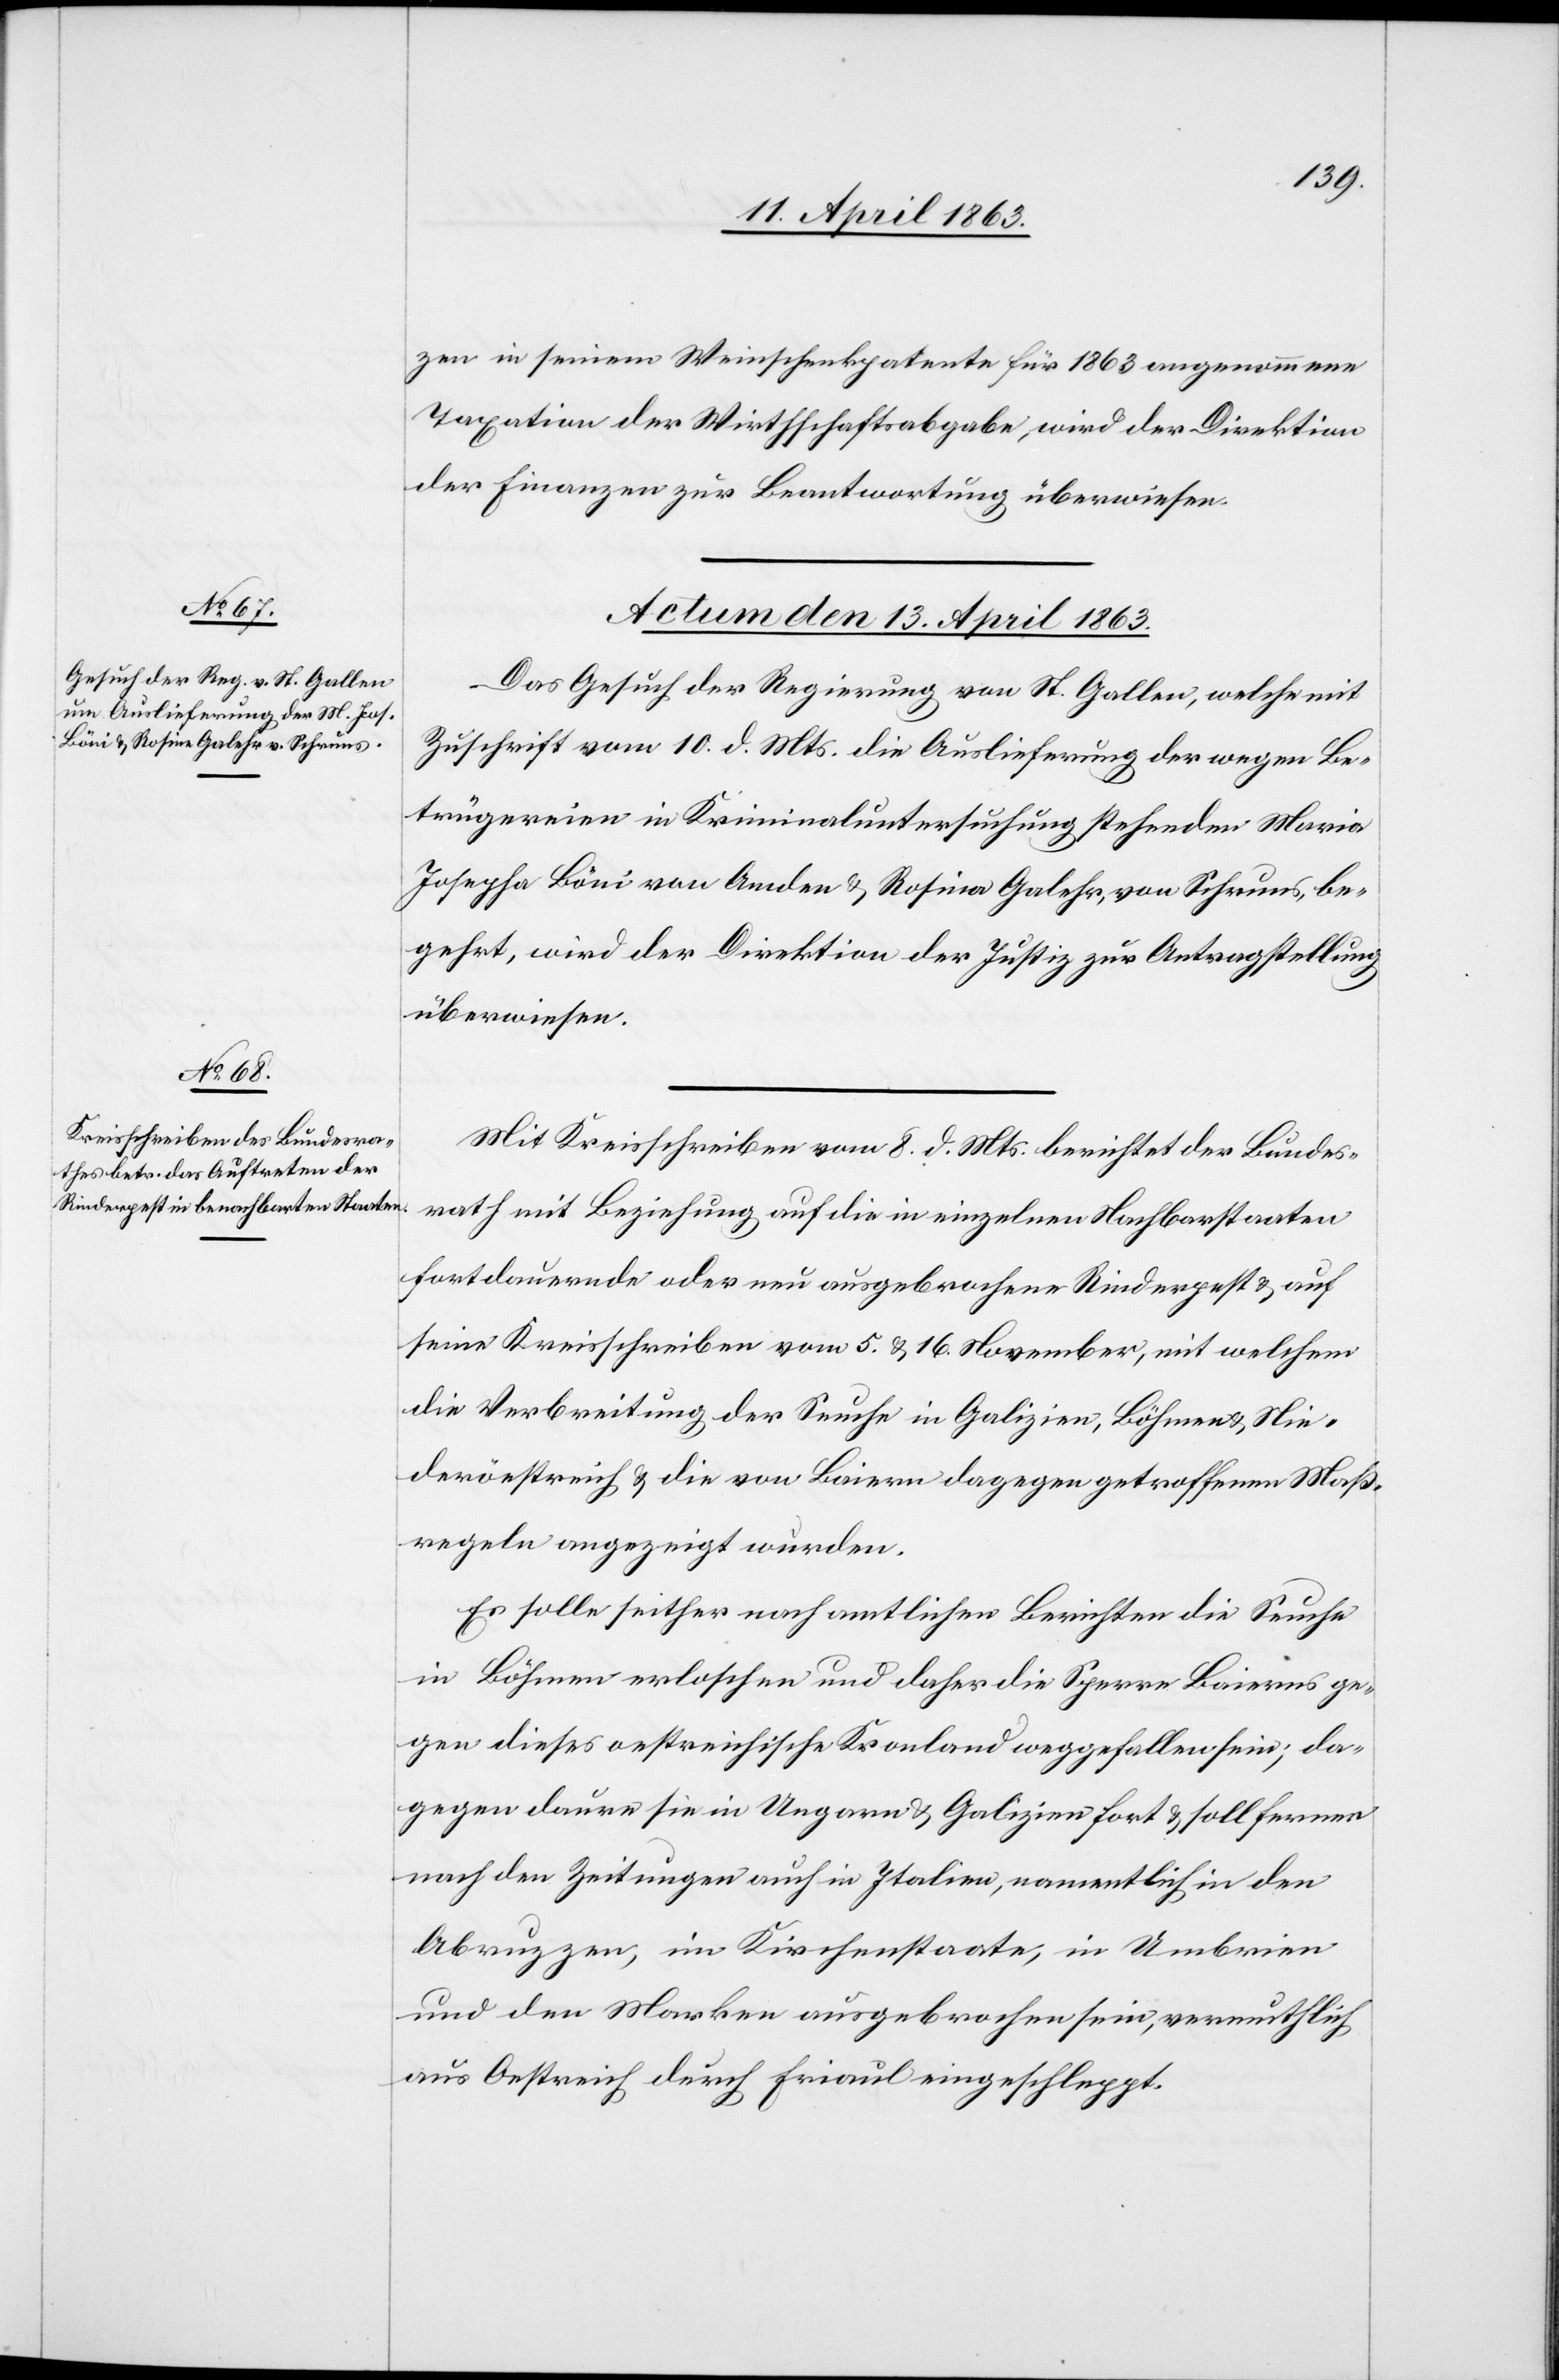
zen in seinem Weinschenkpatente für 1863 angenommene
Taxation der Wirthschaftsabgabe, wird der Direktion
der Finanzen zur Beantwortung überwiesen.
Actum den 13. April 1863.]
Das Gesuch der Regierung von St. Gallen, welche mit
Zuschrift vom 10. d. Mts. die Auslieferung der wegen Be¬
trügereien in Kriminaluntersuchung stehenden Maria
Josepha Böni von Amden & Rosina [sic!] Galehr, von Schruns, be¬
gehrt, wird der Direktion der Justiz zur Antragstellung
überwiesen.
Mit Kreisschreiben vom 8. d. Mts. berichtet der Bundes¬
rath mit Beziehung auf die in einzelnen Nachbarstaaten
fortdauernde oder neu ausgebrochene Rinderpest & auf
seine Kreisschreiben vom 5. & 16. November, mit welchem
die Verbreitung der Seuche in Galizien, Böhmen & Nie¬
deröestreich [sic!] & die von Baiern dagegen getroffenen Maß¬
regeln angezeigt wurden.
Es solle seither nach amtlichen Berichten die Seuche
in Böhmen erloschen und daher die Sperre Baierns ge¬
gen dieses oestreichische Kronland weggefallen sei; da¬
gegen daure sie in Ungarn & Galizien fort & soll ferner
nach den Zeitungen auch in Italien, namentlich in den
Abruzzen, im Kirchenstaate, in Umbrien
und den Marken ausgebrochen sein, vermuthlich
aus Oestreich durch Friaul eingeschleppt.